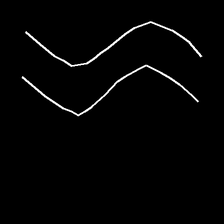
Glyph: float